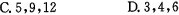
C.5，9，12 D.3，4，6